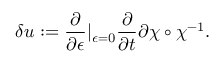
\delta u : = \frac { \partial } { \partial \epsilon } | _ { \epsilon = 0 } \frac { \partial } { \partial t } { \partial \chi } \circ \chi ^ { - 1 } .